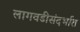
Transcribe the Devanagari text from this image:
लागवडीसंदर्भात